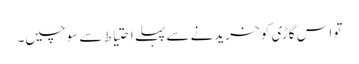
تو اس گاڑی کو خریدنے سے پہلے احتیاط سے سوچیں۔